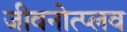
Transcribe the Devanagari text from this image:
जीवनोत्प्लव